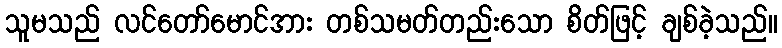
သူမသည် လင်တော်မောင်အား တစ်သမတ်တည်းသော စိတ်ဖြင့် ချစ်ခဲ့သည်။